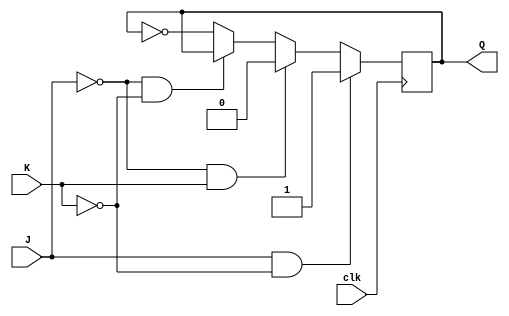
// JK flip flop in verilog using behavioural modeling

module JK_flip_flop(J, K, clk , Q);
  
  input J, K, clk;
  
  output reg Q;
  
  always @(posedge clk)
  
    if(J==1 & K==0) 
      Q <= 1;
  
  	else if(J==0 & K==1)
      Q <= 0;
    
  else if(J==0 & K==0)
      Q <= Q;
  	
  	else
      Q <= ~Q;
     
endmodule